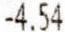
-4.54